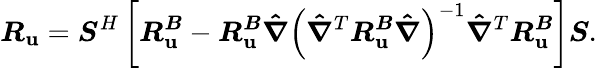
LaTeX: \boldsymbol{R_{\mathbf{u}}}=\boldsymbol{S}^{H}\left[\boldsymbol{R_{\mathbf{u}}^{B}}-\boldsymbol{R_{\mathbf{u}}^{B}}\boldsymbol{\hat{{\nabla}}}\left(\boldsymbol{\hat{{\nabla}}}^{T}\boldsymbol{R_{\mathbf{u}}^{B}}\boldsymbol{\hat{{\nabla}}}\right)^{-1}\boldsymbol{\hat{{\nabla}}}^{T}\boldsymbol{R_{\mathbf{u}}^{B}}\right]\boldsymbol{S}.